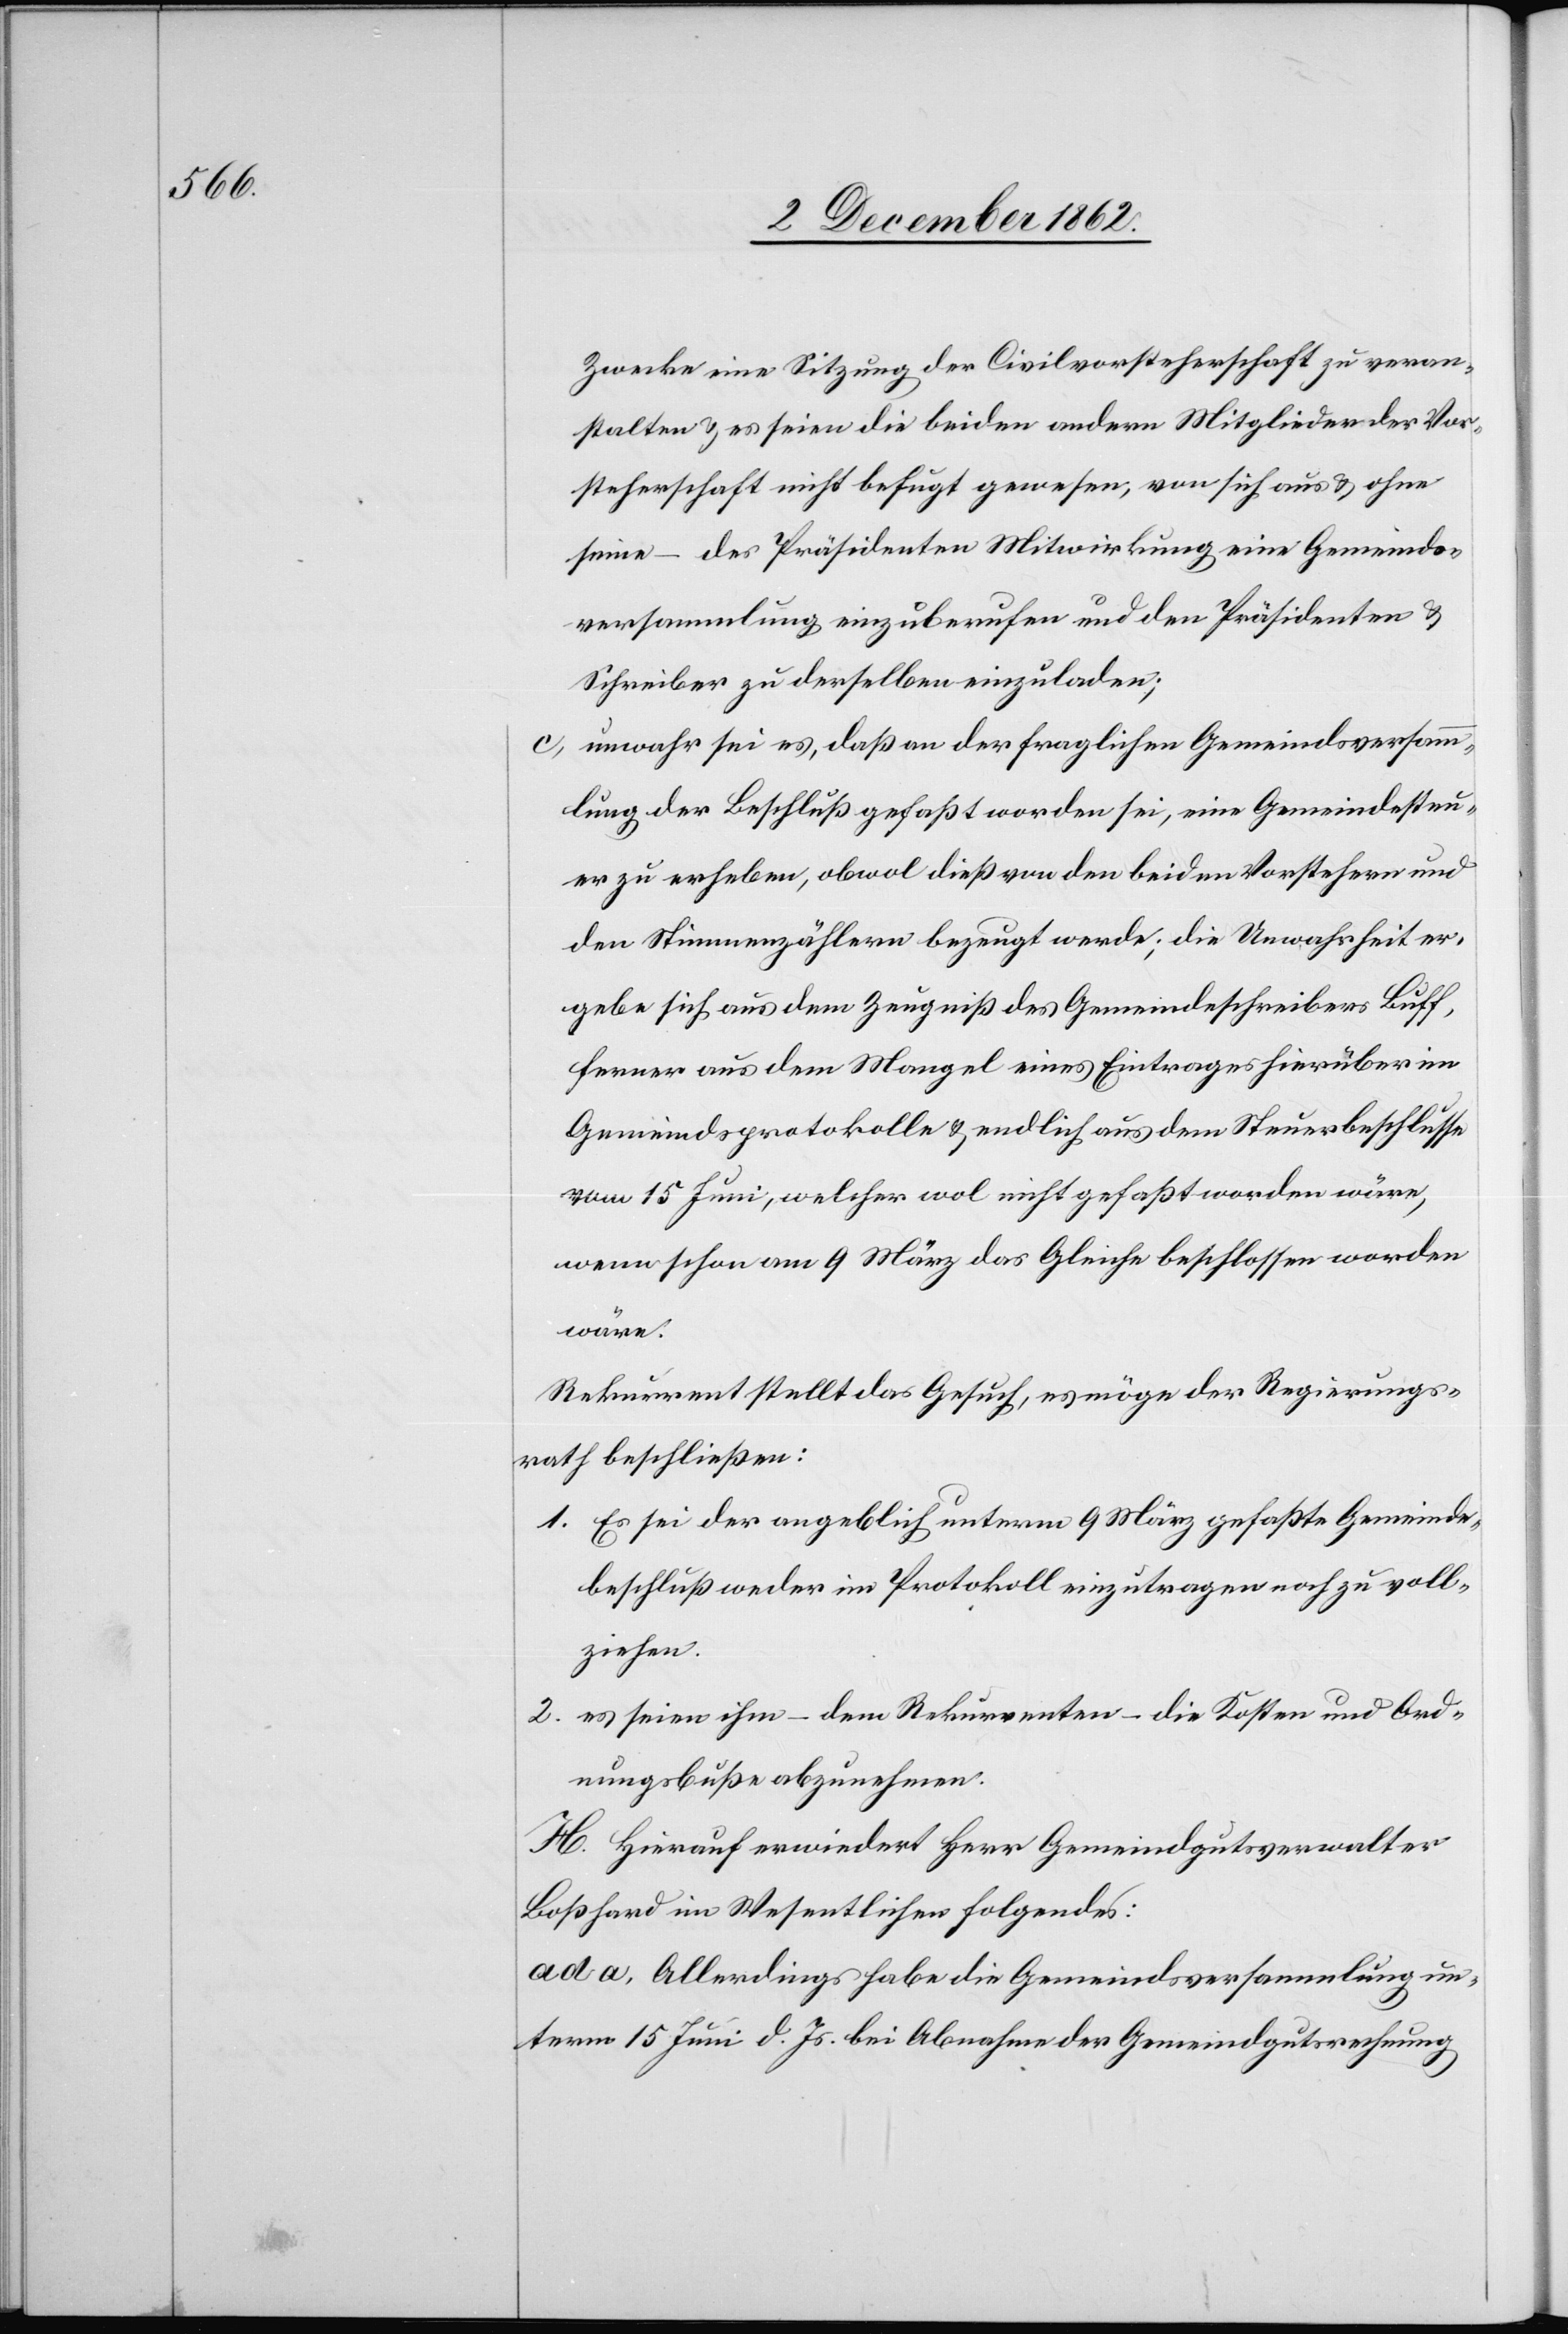
Zwecke eine Sitzung der Civilvorsteherschaft zu veran¬
stalten u. es seien die beiden andern Mitglieder der Vor¬
steherschaft nicht befugt gewesen, von sich aus u. ohne
seine des Präsidenten Mitwirkung eine Gemeinde¬
versammlung einzuberufen und den Präsidenten u.
Schreiber zu derselben einzuladen;
unwahr sei es, daß an der fragliche Gemeindsversamm¬
lung der Beschluß gefaßt worden sie, eine Gemeindesteu¬
er zu erheben, obwol dieß von den beiden Vorstehern und
den Stimmenzählern bezeugt werde; die Unwahrheit er¬
gebe sich aus dem Zeugniß des Gemeindeschreibers Buff,
ferner aus dem Mangel eines Eintrages hierüber im
Gemeindsprotokolle u. endlich aus dem Steuerbeschlusse
vom 15. Juni, welcher wol nicht gefaßt worden wäre,
wenn schon am 9. März das Gleiche beschlossen worden
wäre.
Rekurrent stellt das Gesuch, es möge der Regierungs¬
rath beschließen:
1. Es sei der angeblich unterm 9. März gefaßte Gemeinde¬
beschluß weder im Protokoll einzutragen noch zu voll¬
ziehen.
2. es seien ihm – dem Rekurrenten – die kosten und Ord¬
nungsbuße abzunehmen.
H. Hierauf erwiedert Herr Gemeindgutsverwalter
Boßhard im Wesentliche folgendes:
ad a. Allerdings habe die Gemeindsversammlung un¬
term 15. Juni d. Js. bei Abnahme der Gemeindgutsrechnung